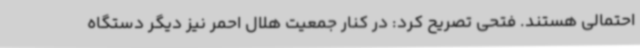
احتمالی هستند. فتحی تصریح کرد: در کنار جمعیت هلال احمر نیز دیگر دستگاه